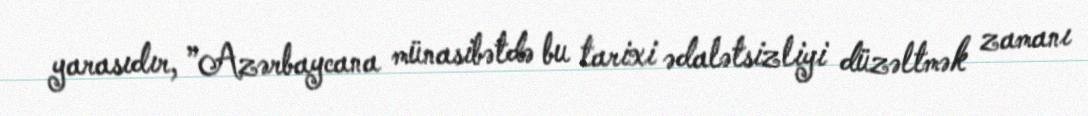
yarasıdır, ”Azərbaycana münasibətdə bu tarixi ədalətsizliyi düzəltmək zamanı